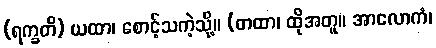
(ရက္ခတိ) ယထာ၊ စောင့်သကဲ့သို့။ (တထာ၊ ထိုအတူ။ အာလောကံ၊